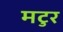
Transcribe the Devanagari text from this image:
मटुर